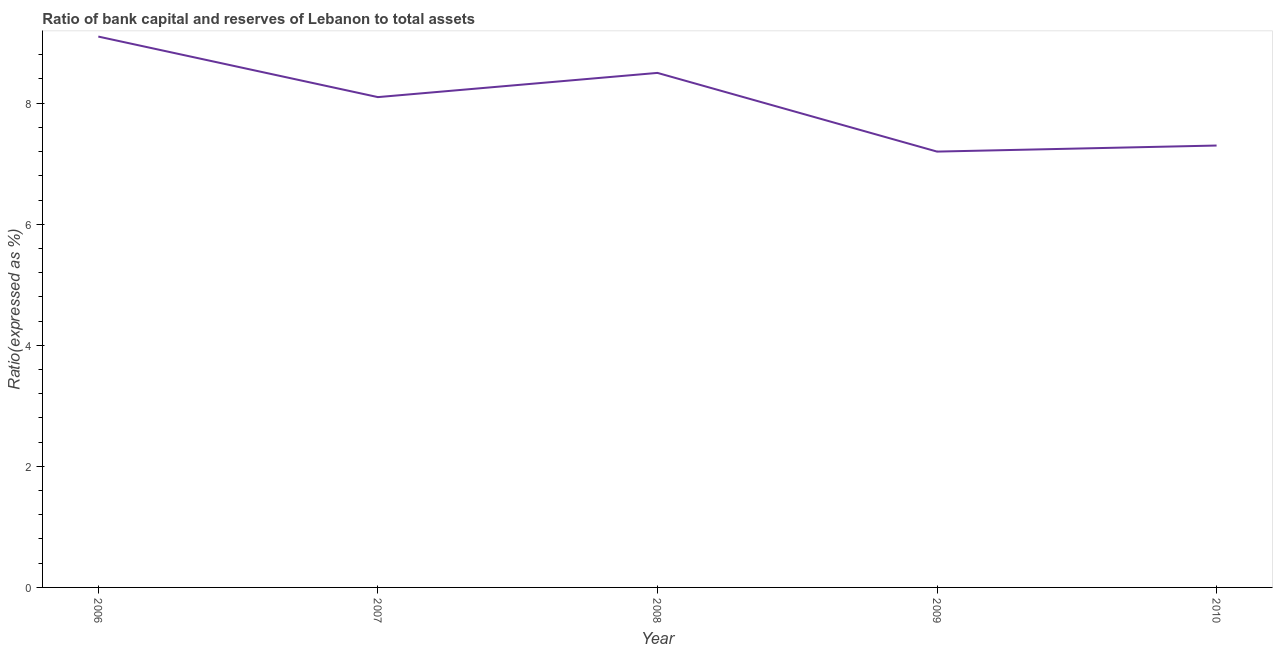
| Year | Bank capital to assets ratio |
 | --- | --- |
 | 2006 | 9.1 |
 | 2007 | 8.1 |
 | 2008 | 8.5 |
 | 2009 | 7.2 |
 | 2010 | 7.3 |